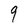
Character: 9